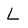
Character: L